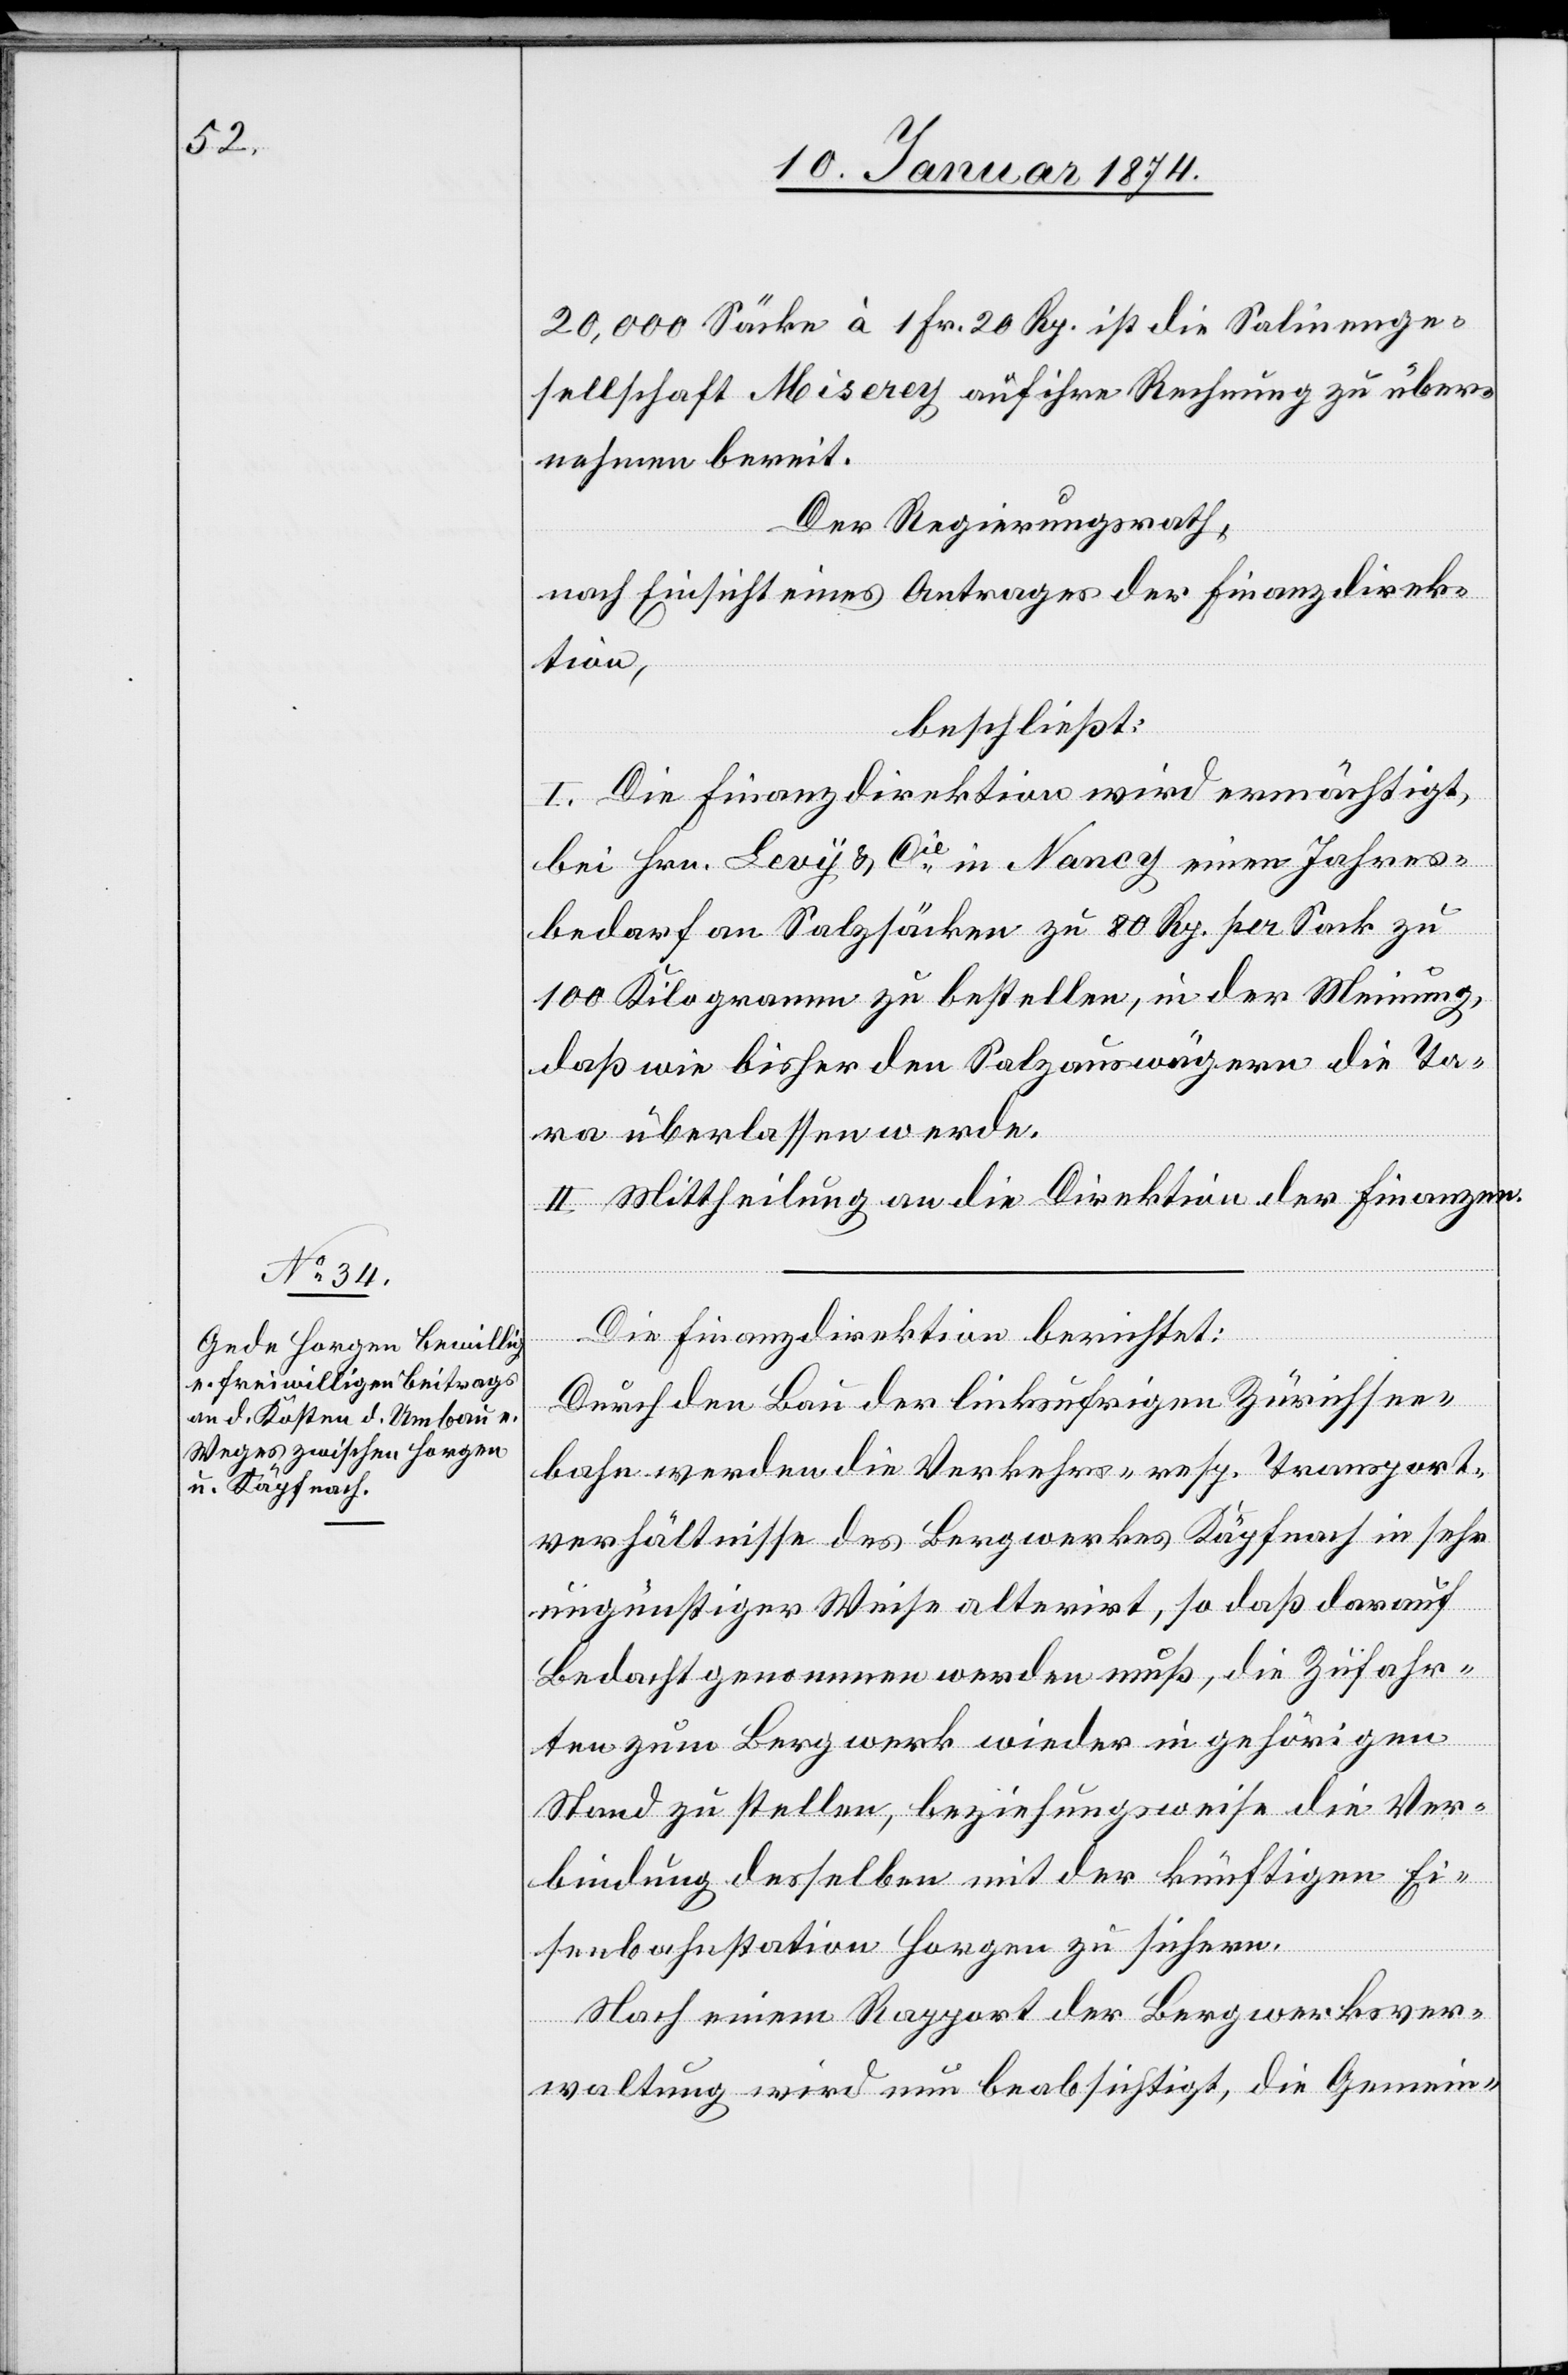
20,000 Säcke à 1 Fr. 20 Rp. ist die Salinenge¬
sellschaft Mieserey auf ihre Rechnung zu Über¬
nahme bereit.
Der Regierungsrath,
nach Einsicht eines Antrages der Finanzdirek¬
tion,
beschließt:
I. Die Finanzdirektion wird ermächtigt,
bei Hrn. Levy & Cie in Nancy einen Jahres¬
bedarf an Salzsäcken zu 80 Rp. per Sack zu
100 Kilogramm zu bestellen, in der Meinung,
daß wie bisher den Salzauswägern die Ta¬
ra überlassen werden.
II. Mittheilung an die Direktion der Finanzen.
Die Finanzdirektion berichtet:
Durch den Bau der linksufrigen Zürichsee¬
bahn werden die Verkehrs- resp. Transport¬
verhältnisse des Bergwerkes Käpfnach in sehr
ungünstiger Weise alterirt, so daß darauf
Bedacht genommen werden muß, die Zufahr¬
ten zum Bergwerk wieder in gehörigen
Stand zu stellen, beziehungsweise die Ver¬
bindung desselben mit der künftigen Ei¬
senbahnstation Horgen zu sichern.
Nach einem Rapport der Bergwerksver¬
waltung wird nun beabsichtigt, die Gemein-